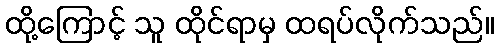
ထို့ကြောင့် သူ ထိုင်ရာမှ ထရပ်လိုက်သည်။